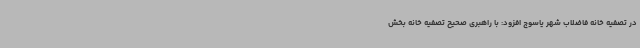
در تصفیه خانه فاضلاب شهر یاسوج افزود: با راهبری صحیح تصفیه خانه بخش